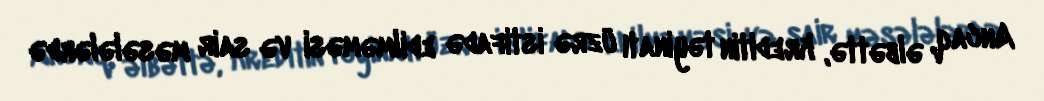
Ancaq, əlbəttə, kreditin təyinatı üzrə istifadə edilməməsi və sair məsələlərdə